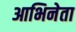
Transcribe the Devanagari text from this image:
आभिनेता